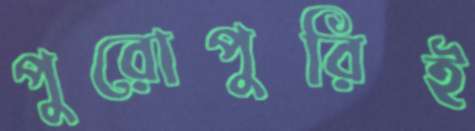
পুরোপুরিই